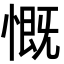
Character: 慨